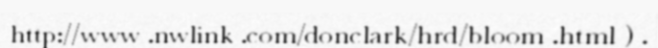
http://www .nwlink .com/donclark/hrd/bloom .html ) .